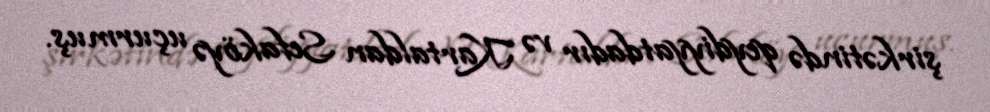
şirkətində qeydiyyatdadır və Kartaldan Sefaköyə uçurmuş.